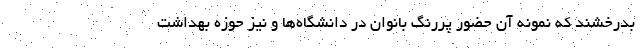
بدرخشند که نمونه آن حضور پررنگ بانوان در دانشگاه‌ها و نیز حوزه بهداشت